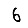
Digit: 6